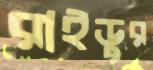
রাইডুর